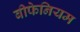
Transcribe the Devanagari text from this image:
बीफेनियम